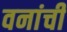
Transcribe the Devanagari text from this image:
वनांची